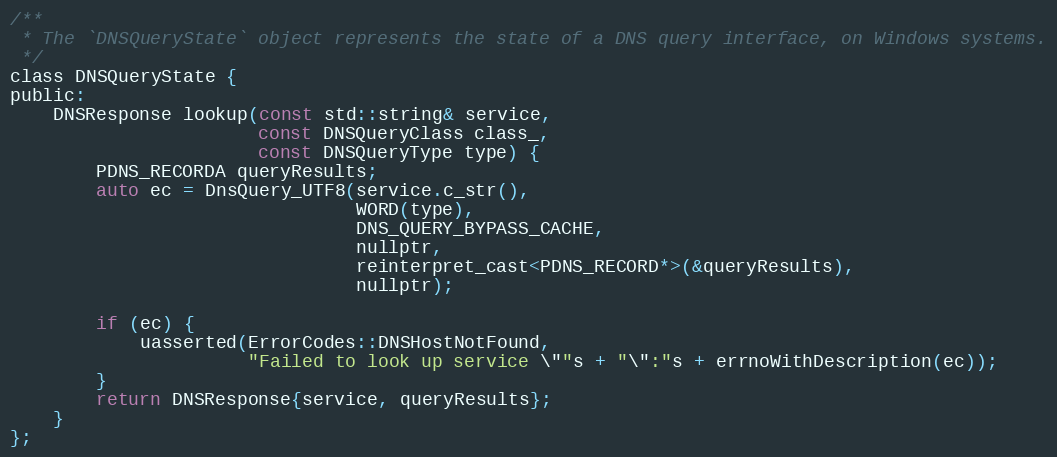
Language: C
/**
 * The `DNSQueryState` object represents the state of a DNS query interface, on Windows systems.
 */
class DNSQueryState {
public:
    DNSResponse lookup(const std::string& service,
                       const DNSQueryClass class_,
                       const DNSQueryType type) {
        PDNS_RECORDA queryResults;
        auto ec = DnsQuery_UTF8(service.c_str(),
                                WORD(type),
                                DNS_QUERY_BYPASS_CACHE,
                                nullptr,
                                reinterpret_cast<PDNS_RECORD*>(&queryResults),
                                nullptr);

        if (ec) {
            uasserted(ErrorCodes::DNSHostNotFound,
                      "Failed to look up service \""s + "\":"s + errnoWithDescription(ec));
        }
        return DNSResponse{service, queryResults};
    }
};